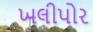
ખલીપોર